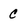
Character: C